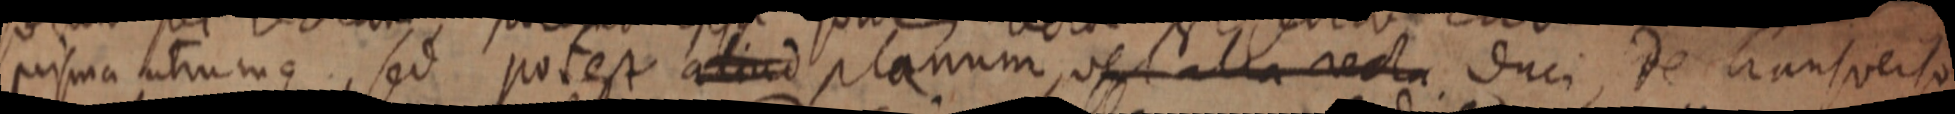
prisma utrumque, sed potest aliud planum, vel alia recta duci, de transverso